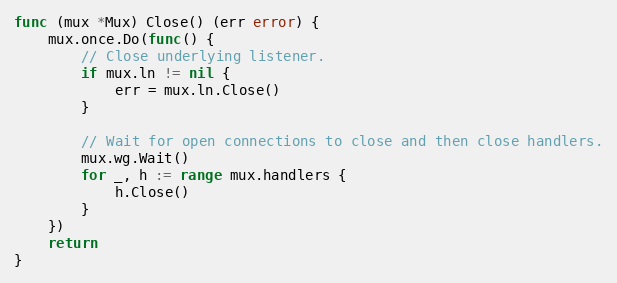
Language: Go
func (mux *Mux) Close() (err error) {
	mux.once.Do(func() {
		// Close underlying listener.
		if mux.ln != nil {
			err = mux.ln.Close()
		}

		// Wait for open connections to close and then close handlers.
		mux.wg.Wait()
		for _, h := range mux.handlers {
			h.Close()
		}
	})
	return
}